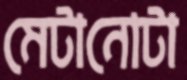
মেটানোটা